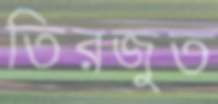
তিরজুত